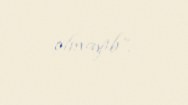
olmayıb”.